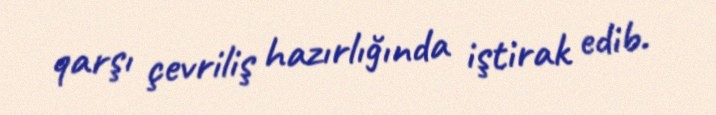
qarşı çevriliş hazırlığında iştirak edib.